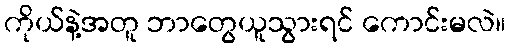
ကိုယ်နဲ့အတူ ဘာတွေယူသွားရင် ကောင်းမလဲ။